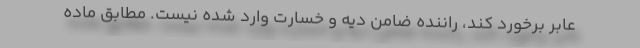
عابر برخورد کند، راننده ضامن دیه و خسارت وارد شده نیست. مطابق ماده